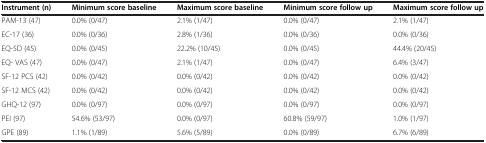
<table><thead><tr><td><b>Instrument (n)</b></td><td><b>Minimum score baseline</b></td><td><b>Maximum score baseline</b></td><td><b>Minimum score follow up</b></td><td><b>Maximum score follow up</b></td></tr></thead><tbody><tr><td>PAM-13 (47)</td><td>0.0% (0/47)</td><td>2.1% (1/47)</td><td>0.0% (0/47)</td><td>2.1% (1/47)</td></tr><tr><td>EC-17 (36)</td><td>0.0% (0/36)</td><td>2.8% (1/36)</td><td>0.0% (0/36)</td><td>0.0% (0/36)</td></tr><tr><td>EQ-5D (45)</td><td>0.0% (0/45)</td><td>22.2% (10/45)</td><td>0.0% (0/45)</td><td>44.4% (20/45)</td></tr><tr><td>EQ- VAS (47)</td><td>0.0% (0/47)</td><td>2.1% (1/47)</td><td>0.0% (0/47)</td><td>6.4% (3/47)</td></tr><tr><td>SF-12 PCS (42)</td><td>0.0% (0/42)</td><td>0.0% (0/42)</td><td>0.0% (0/42)</td><td>0.0% (0/42)</td></tr><tr><td>SF-12 MCS (42)</td><td>0.0% (0/42)</td><td>0.0% (0/42)</td><td>0.0% (0/42)</td><td>0.0% (0/42)</td></tr><tr><td>GHQ-12 (97)</td><td>0.0% (0/97)</td><td>0.0% (0/97)</td><td>0.0% (0/97)</td><td>0.0% (0/97)</td></tr><tr><td>PEI (97)</td><td>54.6% (53/97)</td><td>0.0% (0/97)</td><td>60.8% (59/97)</td><td>1.0% (1/97)</td></tr><tr><td>GPE (89)</td><td>1.1% (1/89)</td><td>5.6% (5/89)</td><td>0.0% (0/89)</td><td>6.7% (6/89)</td></tr></tbody></table>